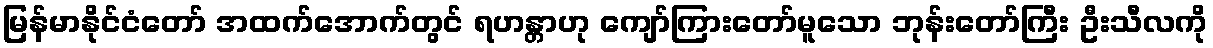
မြန်မာနိုင်ငံတော် အထက်အောက်တွင် ရဟန္တာဟု ကျော်ကြားတော်မူသော ဘုန်းတော်ကြီး ဦးသီလကို